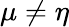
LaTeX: \mu\ne\eta